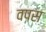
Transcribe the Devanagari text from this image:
वपस